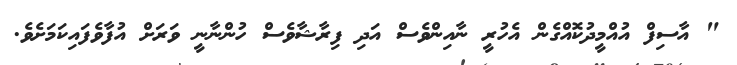
" އާސިފް އުއްމީދުކޮއްގެން އެހުރީ ނާއިންވެސް އަދި ފިރާޝާވެސް ހުންނާނީ ވަރަށް އުފާވެފައިކަމަށެވެ.